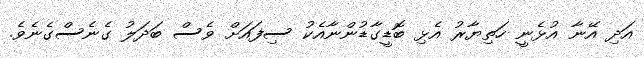
އަދި އޭނާ އުޅެނީ ހަތިޔާރު އެޅި ބޮޑީގާޑުންނާއެކު ސިފައަށް ވެސް ބަދަލު ގެނެސްގެނެވެ.